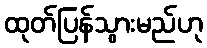
ထုတ်ပြန်သွားမည်ဟု